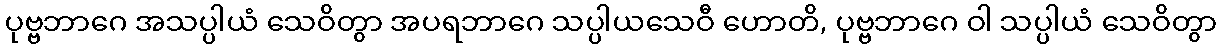
ပုဗ္ဗဘာဂေ အသပ္ပါယံ သေဝိတွာ အပရဘာဂေ သပ္ပါယသေဝီ ဟောတိ, ပုဗ္ဗဘာဂေ ဝါ သပ္ပါယံ သေဝိတွာ